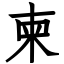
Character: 柬